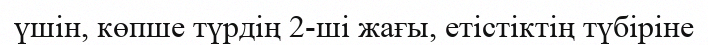
үшін, көпше түрдің 2-ші жағы, етістіктің түбіріне